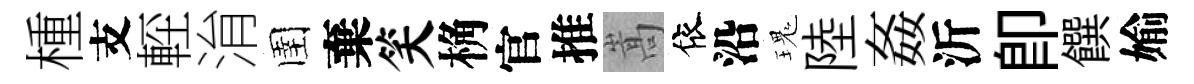
㮔支䡖㳙圉棄笑桷官推嵩依沿瑰陸姦沂即饌媮